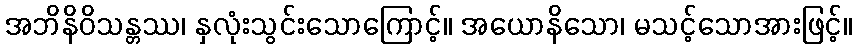
အဘိနိဝိသန္တဿ၊ နှလုံးသွင်းသောကြောင့်။ အယောနိသော၊ မသင့်သောအားဖြင့်။